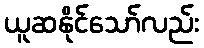
ယူဆနိုင်သော်လည်း